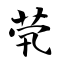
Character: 茕